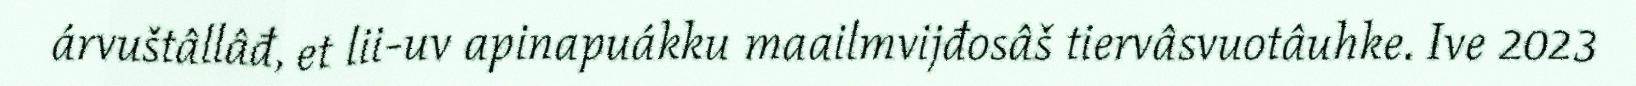
árvuštâllâđ, et lii-uv apinapuákku maailmvijđosâš tiervâsvuotâuhke. Ive 2023